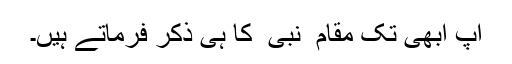
آپ ابھی تک مقام ِ نبی ؐ کا ہی ذکر فرماتے ہیں۔